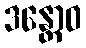
ဒန္တောဝ